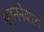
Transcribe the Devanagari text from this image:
पहननेवाला